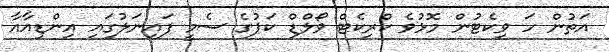
އަތުން ހަ ވިކެޓުން މޮޅުވެ ކްރިކެޓް ވޯލްޑް ކަޕުގެ ސެމީ ފައިނަލުގައި އިންޑިއާއާ